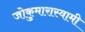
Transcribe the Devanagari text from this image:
जोकुमारास्वामी